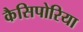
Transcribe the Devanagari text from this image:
कैसिपोरिया